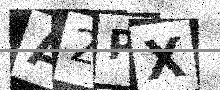
Text: A2PX